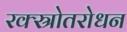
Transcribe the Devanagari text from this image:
रक्स्रोतरोधन